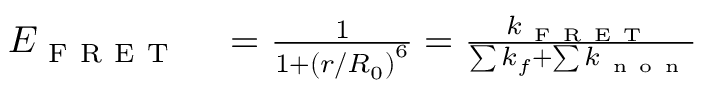
\begin{array} { r l } { E _ { \mathrm { ~ F ~ R ~ E ~ T ~ } } } & { { } = \frac { 1 } { 1 + \left( r / R _ { 0 } \right) ^ { 6 } } = \frac { k _ { \mathrm { ~ F ~ R ~ E ~ T ~ } } } { \sum k _ { f } + \sum k _ { \mathrm { ~ n ~ o ~ n ~ } } } } \end{array}